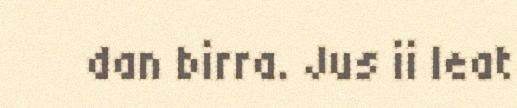
dan birra. Jus ii leat